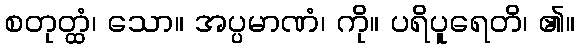
စတုတ္ထံ၊ သော။ အပ္ပမာဏံ၊ ကို။ ပရိပူရေတိ၊ ၏။